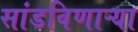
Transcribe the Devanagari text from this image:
सांडविणाऱ्या